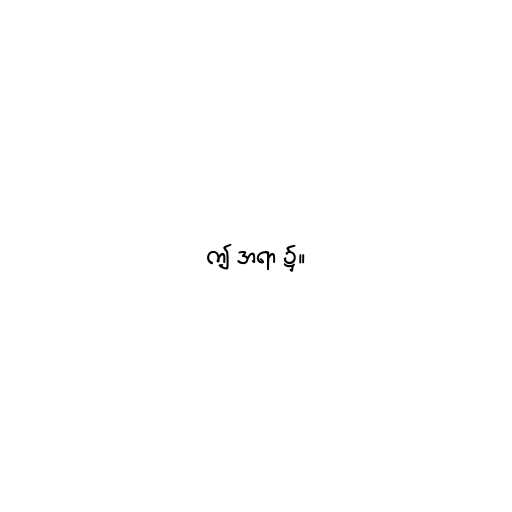
ဤ အရာ ၌။